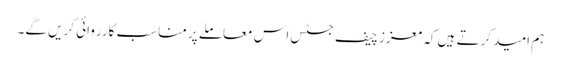
ہم امید کرتے ہیں کہ معزز چیف جسٹس اس معاملے پر مناسب کارروائی کریں گے۔